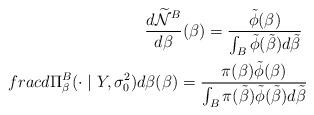
LaTeX: \begin{align*}\frac{d\widetilde{\mathcal{N}}^{B}}{d\beta}(\beta)=\frac{\tilde{\phi}(\beta)}{\int_{B}\tilde{\phi}(\tilde{\beta})d\tilde{\beta}}\ \\frac{d\Pi_{\beta}^{B}(\cdot \mid Y,\sigma_{0}^{2})}{d\beta}(\beta)=\frac{\pi(\beta)\tilde{\phi}(\beta)}{\int_{B} \pi(\tilde{\beta})\tilde{\phi}(\tilde{\beta})d\tilde{\beta}}\end{align*}